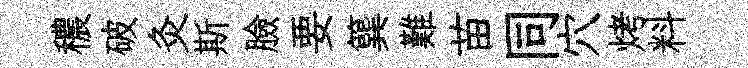
穠破灸斯臉要簨難苗同穴烤料